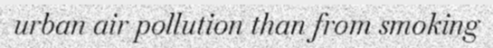
urban air pollution than from smoking